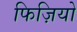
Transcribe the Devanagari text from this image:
फिज़ियो